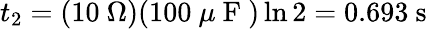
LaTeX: t_{2}=(10\mathrm{~}\Omega)(100\mathrm{~}\mu\mathrm{~F~})\ln 2=0.693\mathrm{~s~}